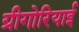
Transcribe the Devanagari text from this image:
ग्रीगोरियाई